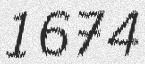
1674